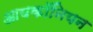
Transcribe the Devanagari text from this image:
आयकॉनियन